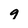
Character: 9